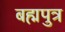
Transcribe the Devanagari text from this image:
बह्मपुत्र